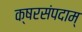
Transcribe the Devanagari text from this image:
क्षरसंपदाम्